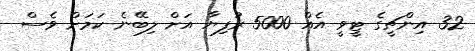
32 އިންޗީގެ ޓީވީ އެއް 5000 ރުފިޔާ އަށް ލިބޭނެ ކަމަށް ވެސް